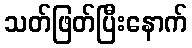
သတ်ဖြတ်ပြီးနောက်